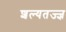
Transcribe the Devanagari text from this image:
शल्यतज्‍ज्ञ